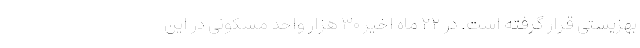
بهزیستی قرار گرفته است. در ۲۲ ماه اخیر ۳۰ هزار واحد مسکونی در این